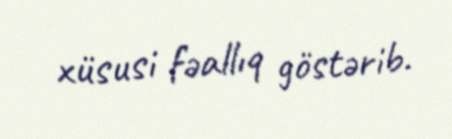
xüsusi fəallıq göstərib.